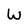
Character: W